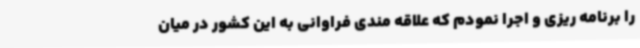
را برنامه ریزی و اجرا نمودم که علاقه مندی فراوانی به این کشور در میان